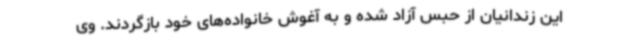
این زندانیان از حبس آزاد شده و به آغوش خانواده‌های خود بازگردند. وی